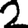
Digit: 2